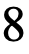
8